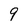
Character: 9